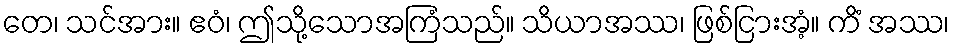
တေ၊ သင်အား။ ဧဝံ၊ ဤသို့သောအကြံသည်။ သိယာအဿ၊ ဖြစ်ငြားအံ့။ ကိံ အဿ၊